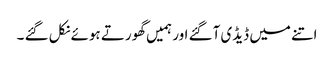
اتنے میں ڈیڈی آگئے اور ہمیں گھورتے ہوئے نکل گئے ۔